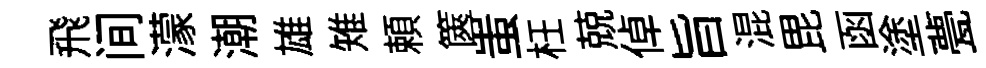
飛间濛潮雄雉頼篋蚩枉兢倬旨混毘函塗甍